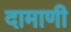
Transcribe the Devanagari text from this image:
दामाणी